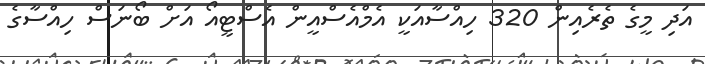
އަދި މީގެ ތެރެއިން 320 ހިއްސާއަކީ އެމްއެސްއީން އެސްޓީއޯ އަށް ބޯނަސް ހިއްސާގެ